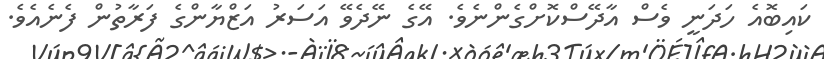
ކައިބޮއެ ހަދަނީ ވެސް އާދޭސްކޮށްގެންނެވެ. އޭގެ ނޭދެވޭ އަސަރު އަޒްޔާންގެ ފަރާތުން ފެނެއެވެ.